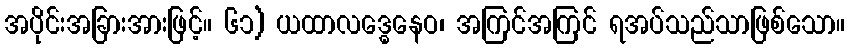
အပိုင်းအခြားအားဖြင့်။ ၆၁) ယထာလဒ္ဓေနေဝ၊ အကြင်အကြင် ရအပ်သည်သာဖြစ်သော။